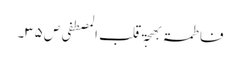
فاطمۃ بھجۃ قلب المصطفی ص ۳۵۔